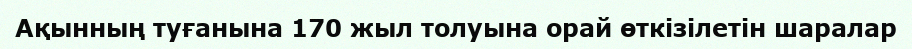
Ақынның туғанына 170 жыл толуына орай өткізілетін шаралар